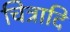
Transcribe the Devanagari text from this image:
चित्रादि